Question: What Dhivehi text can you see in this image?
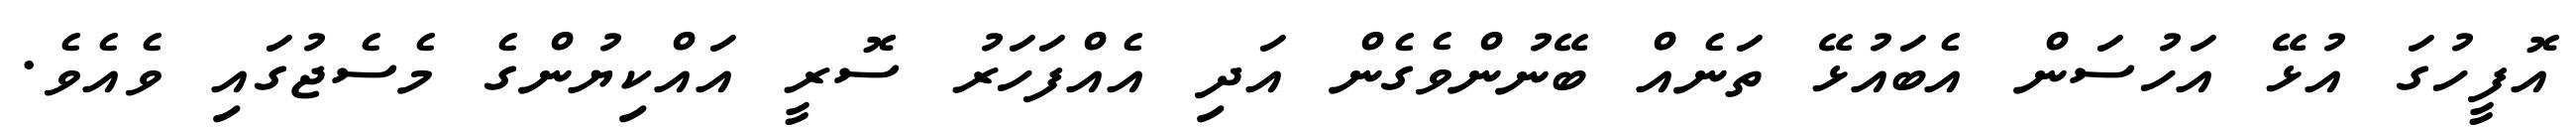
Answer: އޮފީހުގަ އުޅޭ އަހުސަން އެބައުޅޭ ތަނެއް ބޭނުންވެގެން އަދި އެއްފަހަރު ސޮރީ އައްކިޔުންގެ މެސެޖުގައި ވެއެވެ.